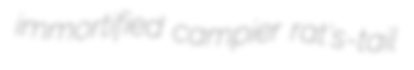
immortified campier rat's-tail